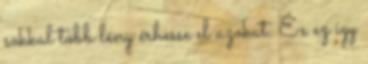
sokkal több lény érhesse el azokat. És ez így